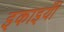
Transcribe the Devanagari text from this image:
इकाइयांँ